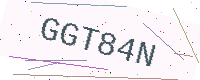
Text: GGT84N